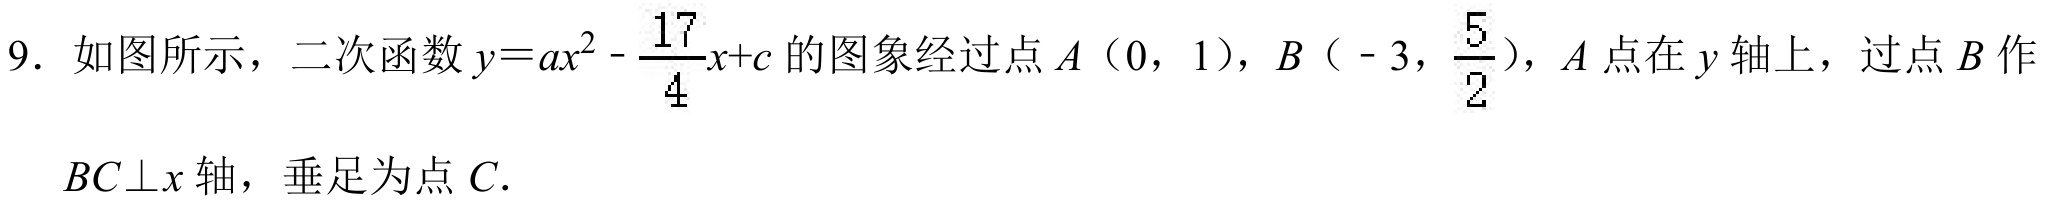
9. 如图所示，二次函数\(y = ax^{2}-\frac{17}{4}x + c\)的图象经过点\(A(0,1)\)，\(B(-3,\frac{5}{2})\)，\(A\)点在\(y\)轴上，过点\(B\)作\(BC\perp x\)轴，垂足为点\(C\).